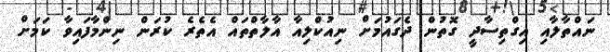
ނައްތާލާއި އިގްތިސާދީ ގޮތުން ދެގައުމަށް ނިއުކްލިއާ އާލާތްތައް އެތެރެ ކުރަން ނިންމާފައިވާ ކަމަށް